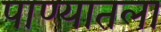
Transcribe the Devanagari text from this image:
पाण्यातला